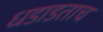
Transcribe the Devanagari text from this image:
धडाडताच